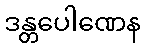
ဒန္တပေါဏေန